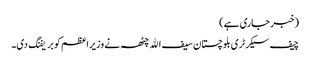
(خبر جاری ہے)
چیف سیکرٹری بلوچستان سیف الله چٹھہ نے وزیراعظم کو بریفنگ دی۔